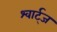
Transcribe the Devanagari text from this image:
श्वार्ट्‌ज